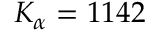
K _ { \alpha } = 1 1 4 2